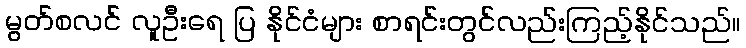
မွတ်စလင် လူဦးရေ ပြ နိုင်ငံများ စာရင်းတွင်လည်းကြည့်နိုင်သည်။